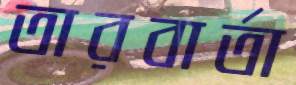
তারবার্তা